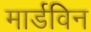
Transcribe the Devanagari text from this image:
मार्डविन